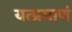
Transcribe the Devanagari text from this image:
यत्प्रमाणं